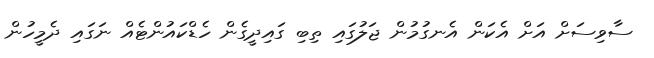
ސާވިސަށް އަށް އެކަން އެނގުމުން ޖަލުގައި ތިބި ގައިދީގެން ހެޑްކައުންޓެއް ނަގައި ދެމީހުން